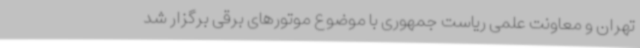
تهران و معاونت علمی ریاست جمهوری با موضوع موتورهای برقی برگزار شد